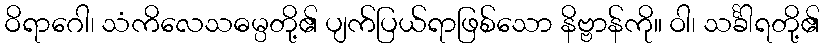
ဝိရာဂေါ၊ သံကိလေသဓမ္ပတို့၏ ပျက်ပြယ်ရာဖြစ်သော နိဗ္ဗာန်ကို။ ဝါ၊ သင်္ခါရတို့၏